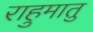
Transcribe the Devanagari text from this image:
राहुमातु